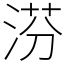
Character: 𣶼